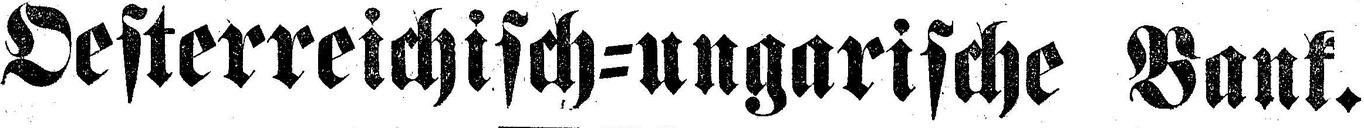
Oesterreichisch-ungarische Bank.